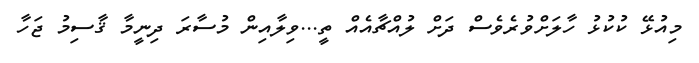
މިއުޅޭ ކުކުޅު ހާލަށްވުރެވެސް ދަށް ލުއްޗާއެއް ތީ...ވިލާއިން މުސާރަ ދިނީމާ ޤާސިމު ޖަހާ